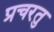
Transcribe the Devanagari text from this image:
प्रचरतु